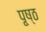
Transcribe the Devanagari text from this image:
पृ्ष्ठ